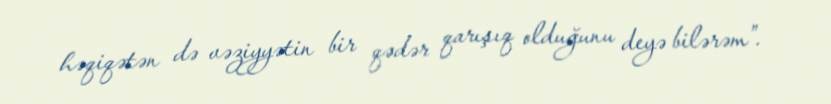
həqiqətən də vəziyyətin bir qədər qarışıq olduğunu deyə bilərəm”.